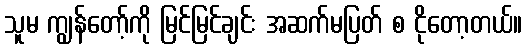
သူမ ကျွန်တော့်ကို မြင်မြင်ချင်း အဆက်မပြတ် စ ငိုတော့တယ်။